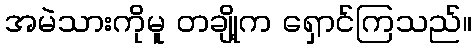
အမဲသားကိုမူ တချို့က ရှောင်ကြသည်။